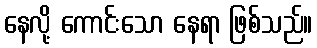
နေလို့ ကောင်းသော နေရာ ဖြစ်သည်။